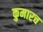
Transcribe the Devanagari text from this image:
कुमारच